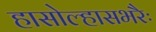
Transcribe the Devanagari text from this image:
हासोल्हासभरैः